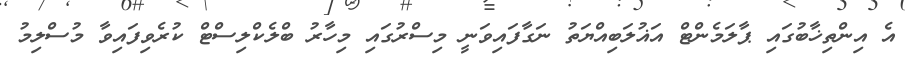
އެ އިންތިޚާބުގައި ޕާލަމެންޓް އަޣުލަބިއްޔަތު ނަގާފައިވަނީ މިސްރުގައި މިހާރު ބްލެކްލިސްޓް ކުރެވިފައިވާ މުސްލިމު